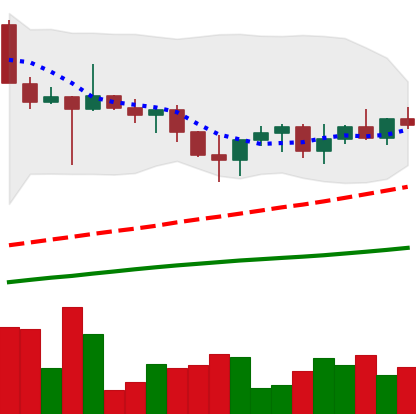
Ticker: XRP-USD
Chart end date: 2022-10-29
Forward return: -3.248%
Label: down_3_5